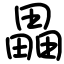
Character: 畾